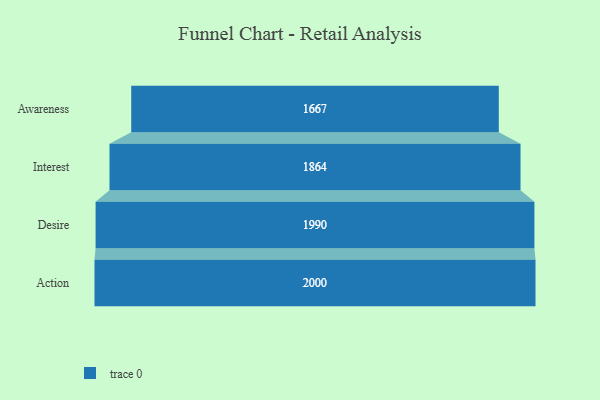
{"axis": {"x": "Stage", "y": "Value"}, "legend": [""], "data": [{"x": "Awareness", "y": 1667.0, "type": ""}, {"x": "Interest", "y": 1864.0, "type": ""}, {"x": "Desire", "y": 1990.0, "type": ""}, {"x": "Action", "y": 2000, "type": ""}]}